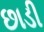
છાડી